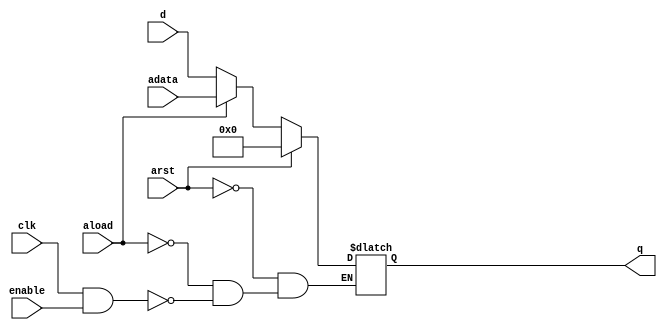
module dffr_a_32bit (clk, arst, aload, adata, d, enable, q);
    input clk;
    input arst;
    input aload;
    input [31:0] adata;
    input [31:0] d;
    input enable;
    output reg [31:0] q;
    
    always @(clk or arst or aload)
      begin
        if (arst == 1'b1) q <= 32'h00000000;
        else if (aload == 1'b1) q <= adata; 
        else if ((clk == 1'b1) && (enable == 1'b1)) q <= d;
      end
      
endmodule